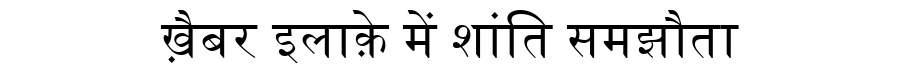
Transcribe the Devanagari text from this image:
ख़ैबर इलाक़े में शांति समझौता